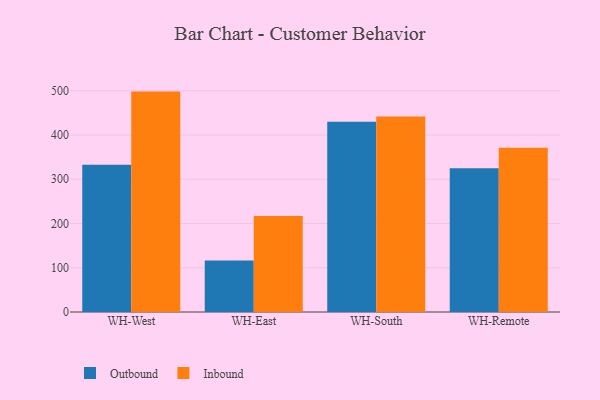
{"axis": {"x": "Warehouse", "y": "Shipments"}, "legend": ["Inbound", "Outbound"], "data": [{"x": "WH-West", "y": 332.7, "type": "Outbound"}, {"x": "WH-West", "y": 498.1, "type": "Inbound"}, {"x": "WH-East", "y": 116.6, "type": "Outbound"}, {"x": "WH-East", "y": 216.8, "type": "Inbound"}, {"x": "WH-South", "y": 430.2, "type": "Outbound"}, {"x": "WH-South", "y": 442.1, "type": "Inbound"}, {"x": "WH-Remote", "y": 324.8, "type": "Outbound"}, {"x": "WH-Remote", "y": 371.4, "type": "Inbound"}]}